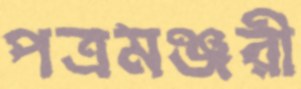
পত্রমঞ্জরী